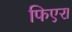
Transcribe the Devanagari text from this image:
फिएरा